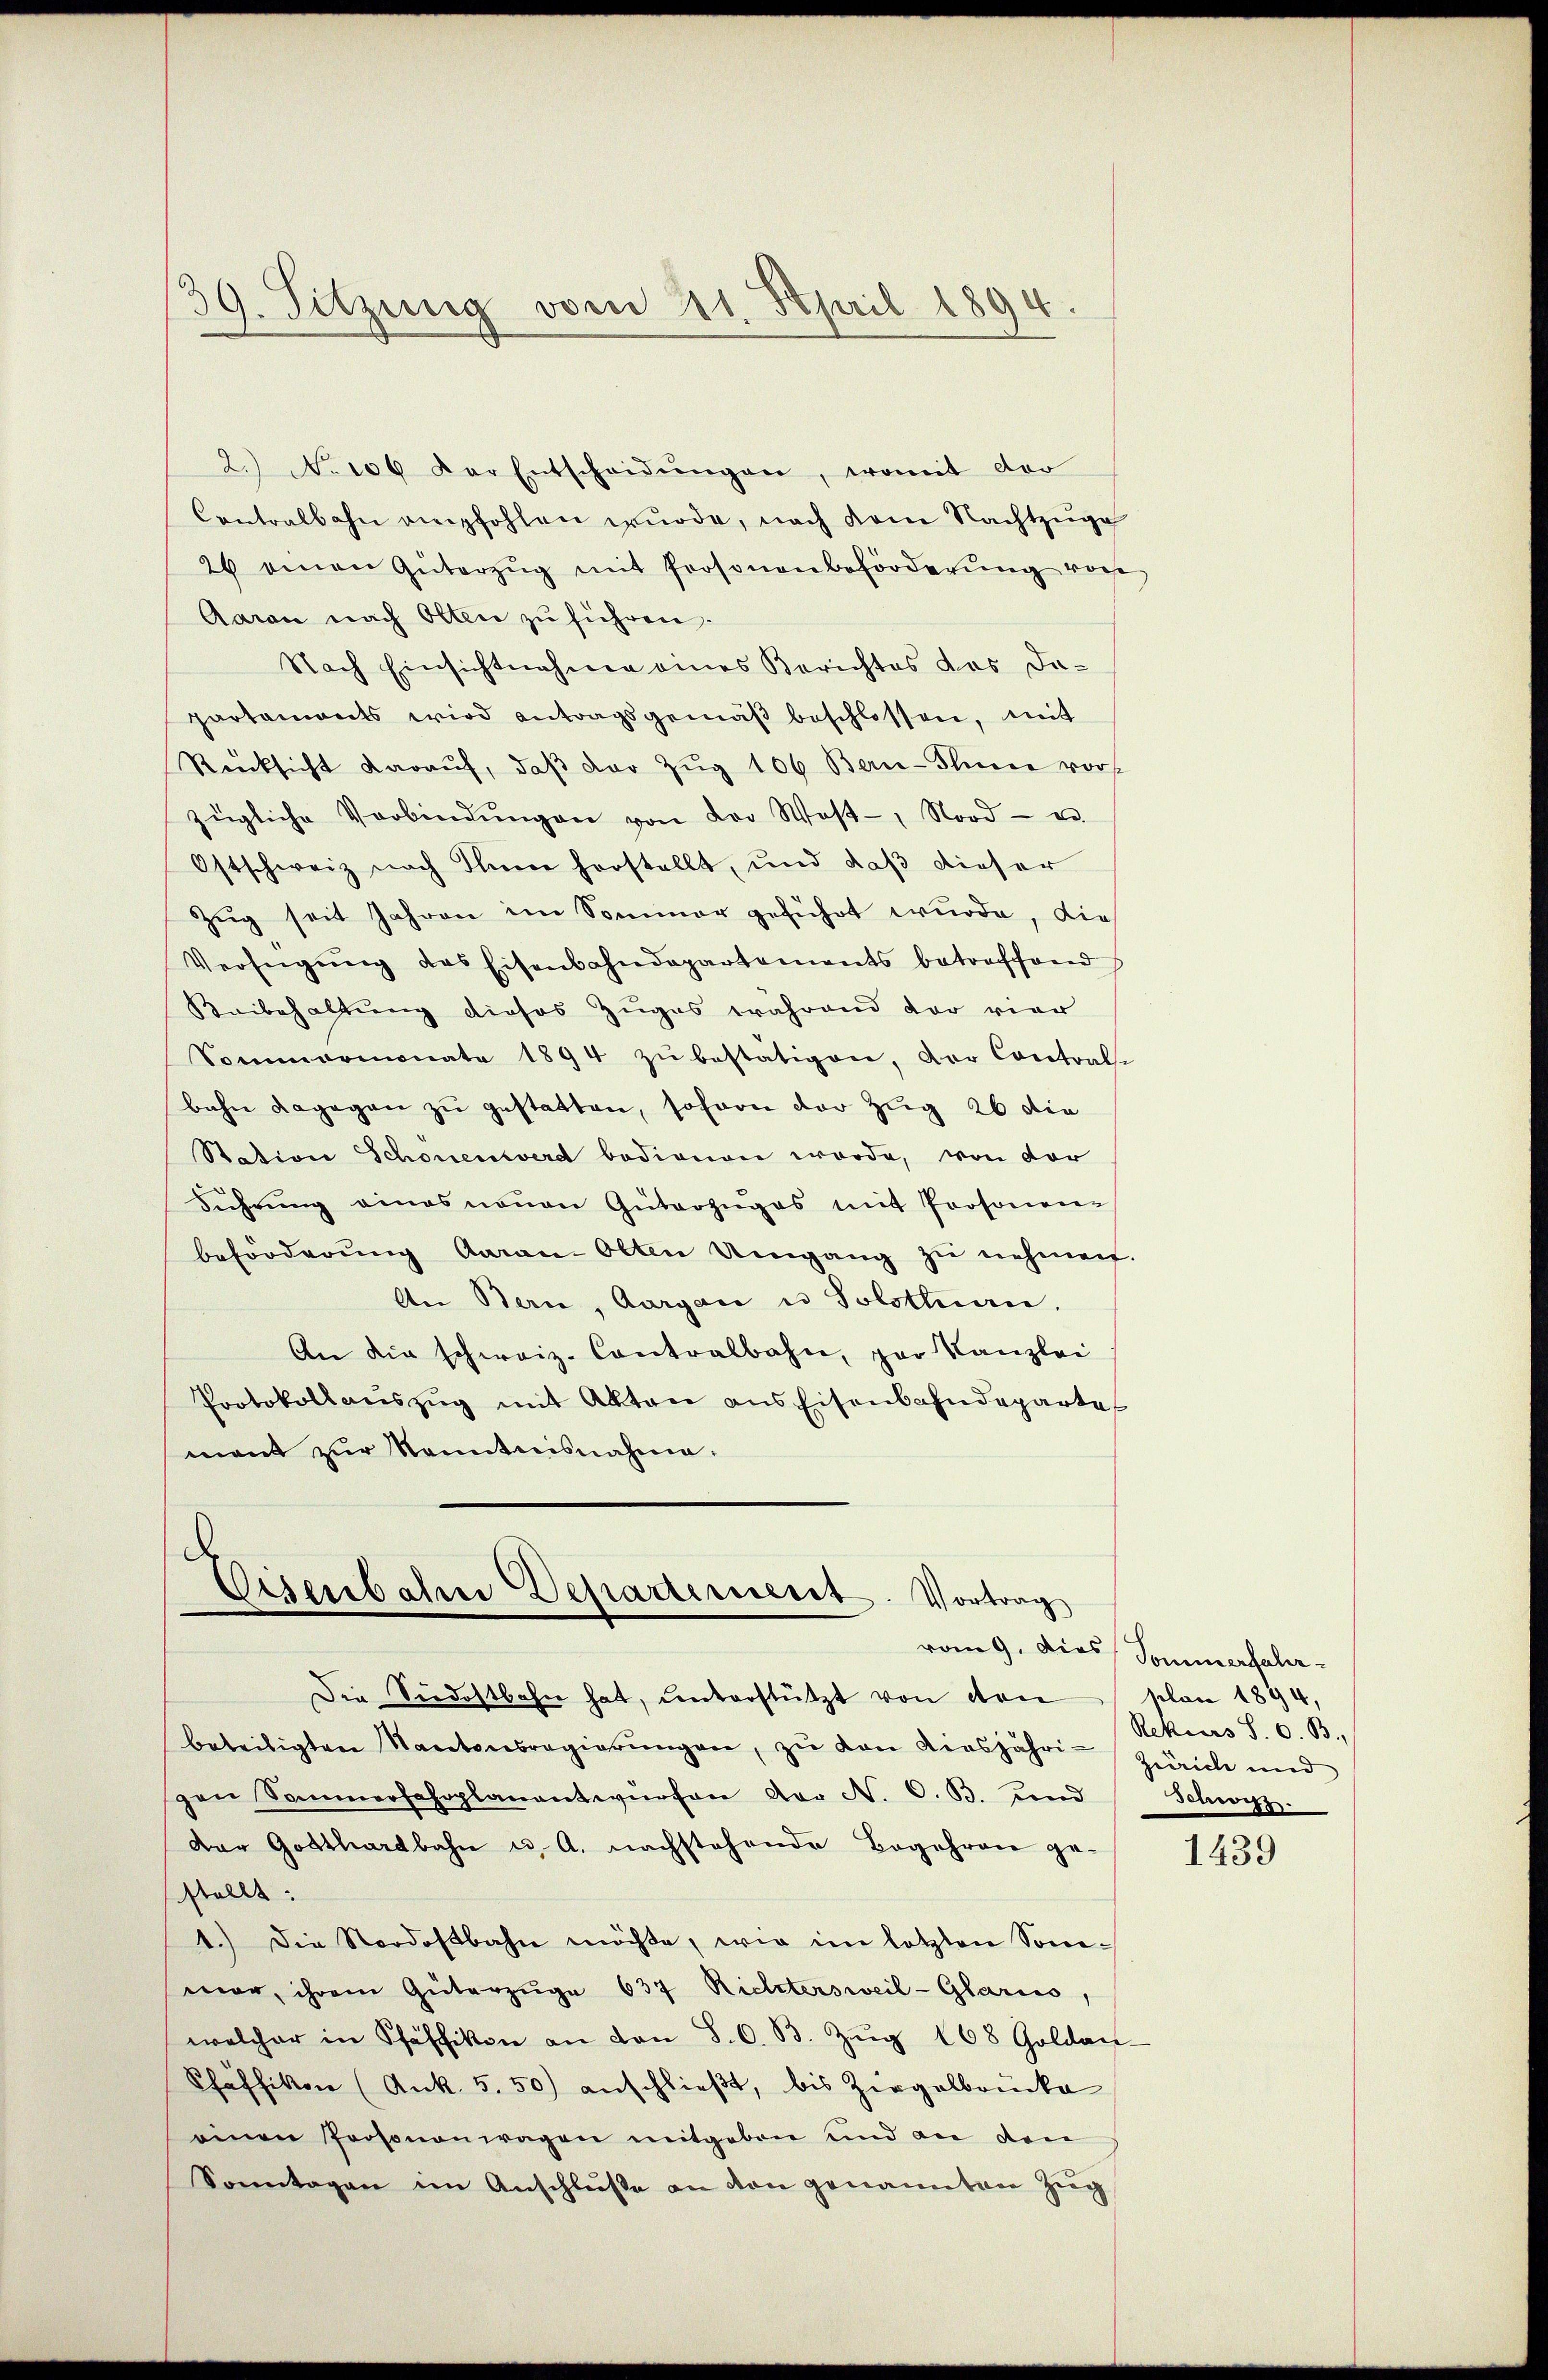
2. No 106 der Entscheidŭngen, womit der
Contralbahn empfohlen wurde, nach dem Nachtzuge
26 einen Güterzŭg mit Prosonenbeförderŭng von
Aaran nach Olten zu führen.
Nach Einsichtnahme eines Berichtes das da-
partaments wird antragsgemäβ beschlossen, mit
Rücksicht daraŭf, daβ der Zŭg 106 Bern-Plinie vors
zügliche Verbindŭngen von der West-, Nord- u.
Ostschweiz nach Ihnende herstellt, und daß dieser
Zug seit Jahren im Sommer geführt wurde, die
Verfügung des Eisenbahndepartements betroffend
Keibehaltung dieses Zuges während der vier
Sommermonat 1894 zŭ bestätigen, der Contral-
bahn dagegen zŭ gestatten, sofern der Zug 26 die
Station Schonenwerd bedienen werde, von der
Führŭng eines neuen Güterzŭges mit Personen-
beförderŭng daran Olten Umgang zŭ nehmen.
An Bern, Aargau u Tolstlan,
An die schweiz. Contralbahn, par Kanzlei
Protokollaŭszŭg mit Akten ans Eisenbahndeparte
mant zŭr Kenntnisnahme.

39. Sitzung vom 21. April 1894.

.
Eisenbahne Departerieret. Vortrag
vom 9. Dies Sommerfahr

Die Siedostbahn hat, ŭnterstützt von den plan 1894,
beteiligten Kantonsregierŭngen, zŭ den diesjähri-Zürich und
gen Sommerfahrplanantwürfen der N. O. B. und
dor Gotthardbahn u. A. nachstehende Begehren gestellt:
1.) Die Nordostbahn möchte, wie im letzten Sonemar, ihrem Güterzŭge 637 Richtersweil-Glarus,
welcher in Pfäffikon an von 8. O. B. Zŭg 168 Goldaŭ
Pfäffikon (Ank. 5. 50) anschlieβt, bis Ziegelbrücke
einen Personenwagen mitgeben und an den
Sonntagen im Anschlüße an von genannten Zug

Rektors S. O. B.,
Schwyz.

1439